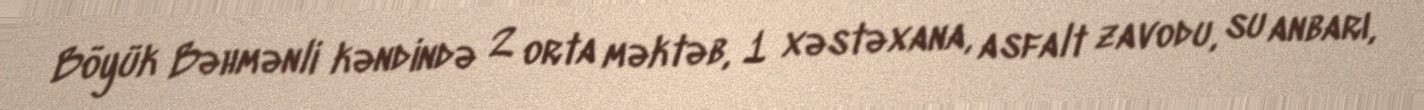
Böyük Bəhmənli kəndində 2 orta məktəb, 1 xəstəxana, asfalt zavodu, su anbarı,